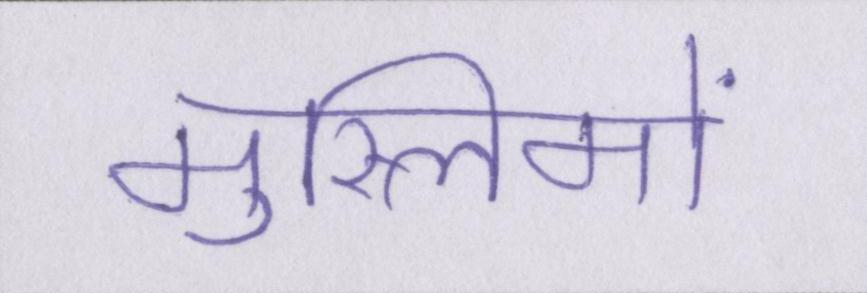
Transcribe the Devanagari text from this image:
मुस्लिमों